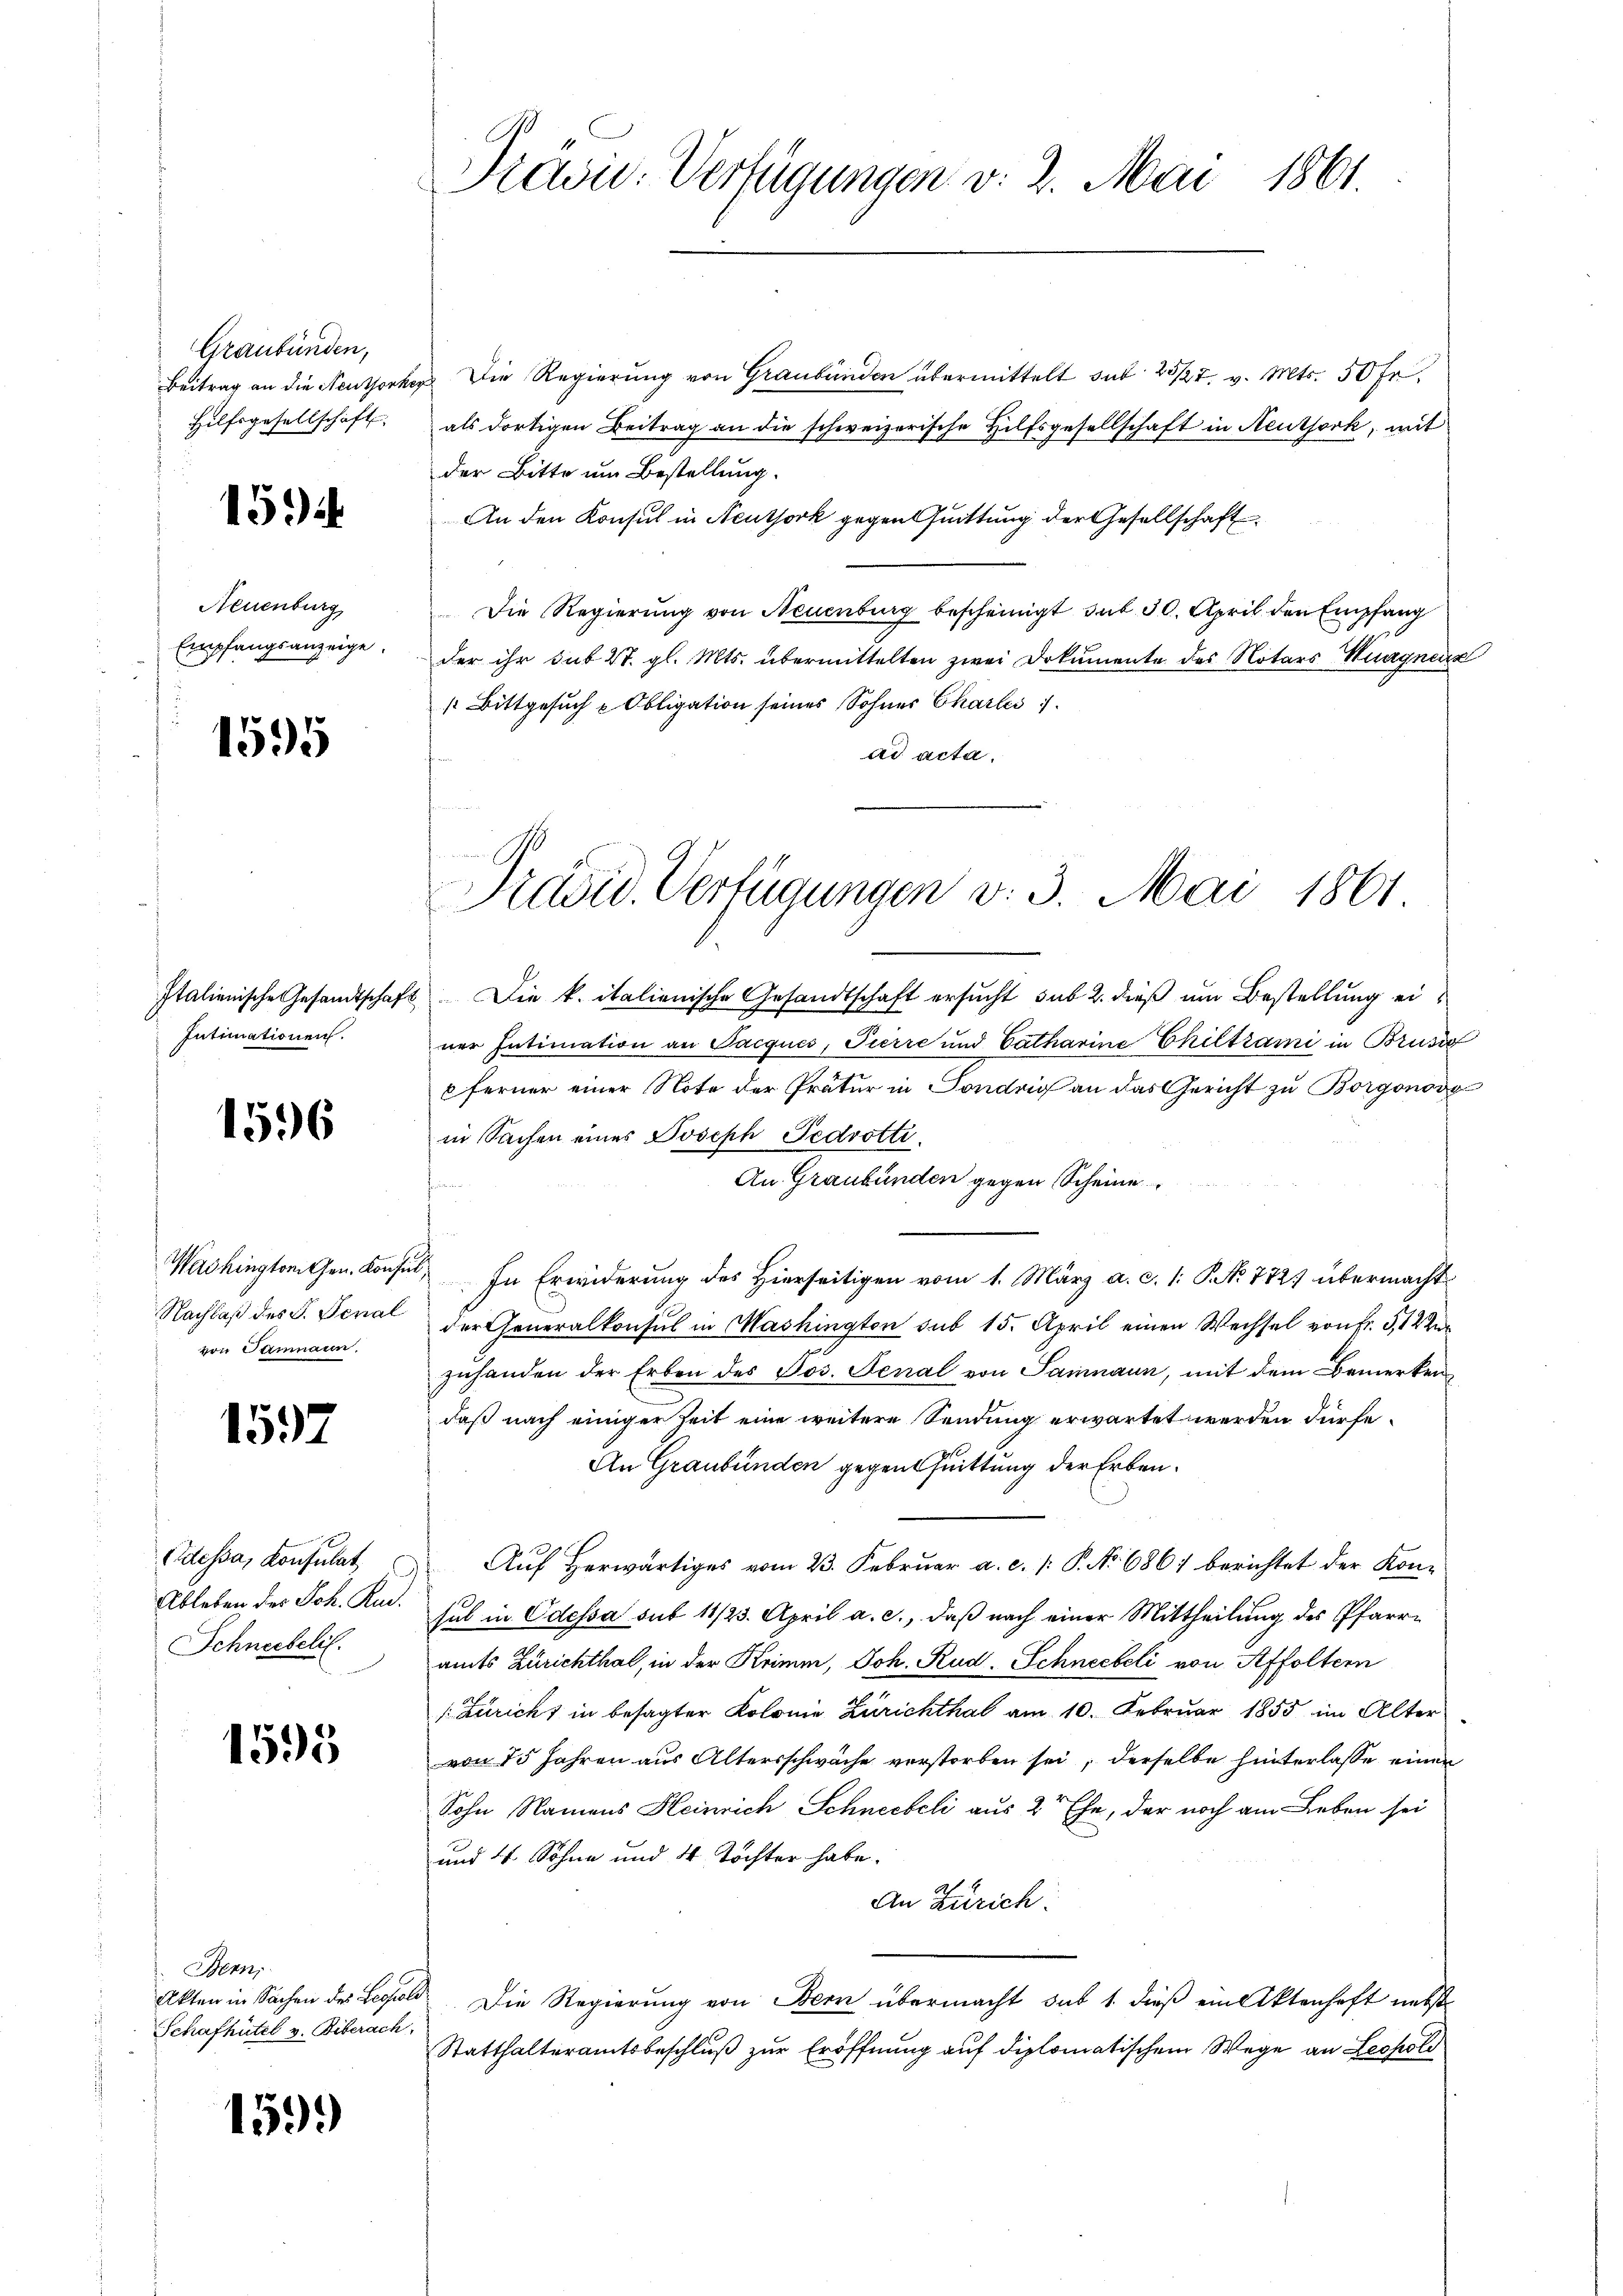
Graubünden,
Hilfsgesellschaft

154

Neuenburg
Empfangsanzeige.

1595

Italienische Gesandtschaft
Intimationen.

1596

Washington Gen. Konsul
Nachlaß des P. Fenal
von Samnaun.

1597

Eidessa, Konsulat
Ableben des Joh. Rud.
Schneebelil.

1595

Benn
Akten in Sachen des Besold
Schafhütel v. Biberach

1599

Préwie-Verfügungen v. 2. Mai 1861.

Beitrag an die Neuthorher. Die Regierung von Graubünden übermittelt sub. 25/27. v. Mts. 50 fr.
als dortigen Beitrag an die schweizerische Hilfsgesellschaft in Reuthork, mit
der Bitte um Bestellung.
An den Konsul in Neuthork gegen Quittung der Gesellschaft
Die Regierung von Neuenburg bescheinigt, sub 30. April den Empfang
der ihr sub 27. gl. Mts. übermittelten zwei Dokumente des Notars Wagnenz
 Bittgesŭch u Obligation seines Sohner Charles 7.
ad acta.

Präsid. Verfügungen v. 3. Mai 1861

Die k. italienische Gesandtschaft ersucht sub 2. dieß um Bestellung einer Intimation an Pacqués, Pierre und Catharine Chiltrami in Brusio
6 ferner einer Note der Prätur in Sondrig an das Gericht zu Borgonovo
in Sachen eines Joseph Pedrotti.
An Graubünden gegen Scheine
In Erwiderung des Hierseitigen vom 1. März a. c. 1 S. 772) übermacht
der Generalkonsul in Mashington sub 15. April einen Wechsel von Fr. 512 U
zŭhanden der Erben des Jos. Fenal von Samnaun, mit dem Bemerken
daß nach einiger Zeit eine weitere Sendung erwartet werden dürfe.
An Graubünden gegen Quittung der Erben.
Auf herwärtiges vom 23. Februar a. c. /: P. No. 686) berichtet der Konsul in Odessa sub 11/23. April a. c., daß nach einer Mittheilung des Pfarre
amts Zürichthal, in der Krimm, Joh. Rud. Schneebeli von Affoltern
[Züricht in besagter Kolonie Zürichthal am 10. Februar 1855 im Alter
von 75 Jahren aus Altersschwäche verstorben sei, derselbe hinterlasse einen
Sohn Namens Heinrich Schneebeli aus 2 Ehe, der noch am Leben sei
und 4 Sohne und 4 Töchter habe.
An Zürich
Die Regierung von Bern übermacht sub 1. dieß ein Aktenhaft nebst
Statthalteramtsbeschluß zur Eröffnung auf diplomatischem Wege an Leopold